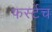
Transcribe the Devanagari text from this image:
फर्स्टच